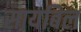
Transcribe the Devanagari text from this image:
सायबिल